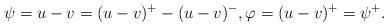
LaTeX: \begin{align*}\psi = u-v = (u-v)^{+} - (u-v)^{-} , \varphi = (u-v)^{+} = \psi^{+}.\end{align*}